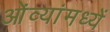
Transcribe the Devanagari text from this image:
ओंव्यांमध्यें